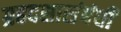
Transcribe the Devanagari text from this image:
ग्रहदशासंबंधी